Scottish Certificate of Education, 1962
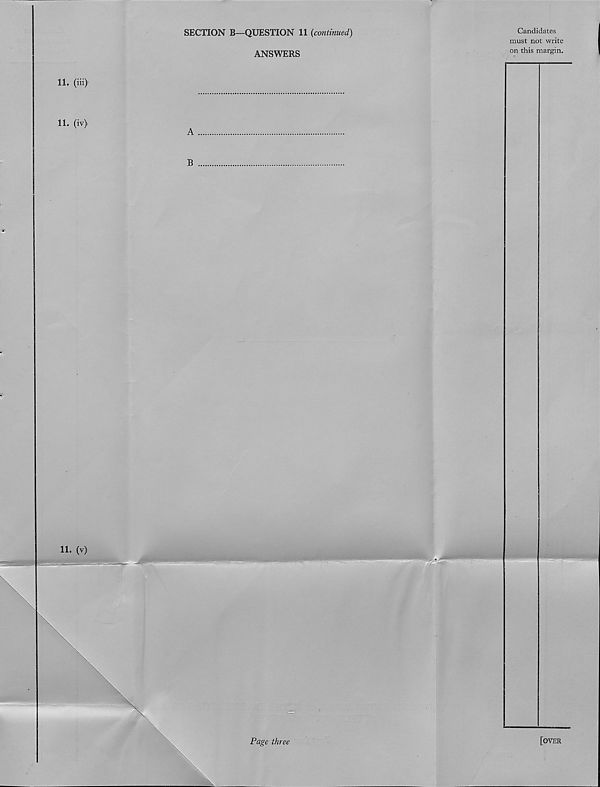
SECTION B—QUESTION 11 {continued)
ANSWERS
Candidates
must not write
on this margin.
11. (iii>
Page three
[over